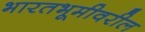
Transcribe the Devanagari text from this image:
भारतभूमीवरील